Insane asylums in Bengal annual reports 1867-1875 - 1867-1875
Year: 1867
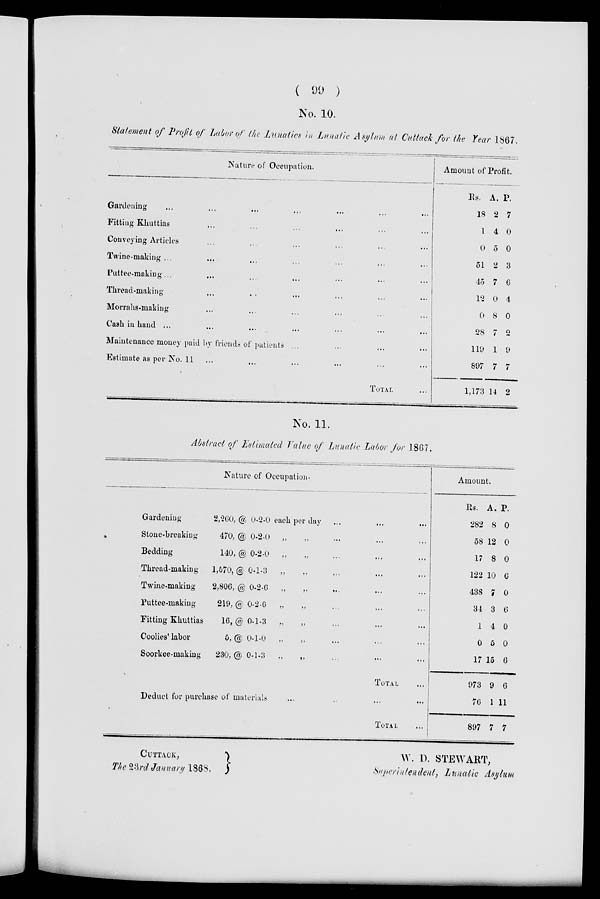
( 99 )
No. 10.
Statement of Profit of Labor of the Lunatics in Lunatic Asylum, at Cuttack for the Year 1867.
Nature of Occupation.
Gardening ... ... ... ... ... ...
Fitting Khuttias ... ... ... ... ... ...
Conveying Articles ... ... ... ... ... ...
Twine-making ... ... ... ... ... ...
Puttee-making... ... ... ... ... ... ...
Thread-making ... ... ... ... ... ...
Morrahs-making ... ... ... ... ... ...
Cash in Land ... ... ... ... ... ... ...
Maintenance money paid by friends of patients ... ... ... ...
Estimate as per No.11 ... ... ... ... ... ...
TOTAL ...
Amount of Profit.
Rs.
18
1
0
51
45
12
0
28
119
897
1,173
A.
2
4
5
2
7
0
8
7
1
7
14
P.
7
0
0
3
6
4
0
2
9
7
2
No. 11.
Abstract of Estimated Value of Lunatic Labor for 1867.
Nature of Occupation.
Gardening
2,260, @ 0-2-0 each per day ... ... ...
Stone-breaking
470, @ 0-2-0 „ „ ... ... ...
Bedding
140, @ 0-2-0 „ „ ... ... ...
Thread-making
1,570, @ 0-1-3 „ „ ... ... ...
Twine-making
2,806, @ 0-2-6 „ „ ... ... ...
Puttee-making
219, @ 0-2-6 „ „ ... ... ...
Fitting Khuttias
16, @ 0-1-3 „ „ ... ... ...
Coolies' labor
5, @ 0-1-0 „ „ ... ... ...
Soorkee-making
230, @ 0-1-3 „
„ ... ... ...
TOTAL ...
Deduct for purchase of materials ... ... ... ...
TOTAL ...
Amount.
Rs.
282
58
17
122
438
34
1
0
17
973
76
897
A.
8
12
8
10
7
3
4
5
15
9
1
7
P.
0
0
0
6
0
6
0
0
6
6
11
7
CUTTACK,
The23rd January 1868.
W. D. STEWART,
Superintendent, Lunatic Asylum